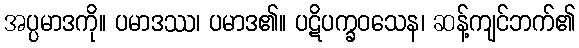
အပ္ပမာဒကို။ ပမာဒဿ၊ ပမာဒ၏။ ပဋိပက္ခဝသေန၊ ဆန့်ကျင်ဘက်၏